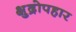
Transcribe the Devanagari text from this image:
क्षुद्रोपहार